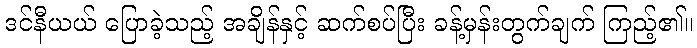
ဒင်နီယယ် ပြောခဲ့သည့် အချိန်နှင့် ဆက်စပ်ပြီး ခန့်မှန်းတွက်ချက် ကြည့်၏။